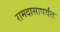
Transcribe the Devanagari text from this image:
रामदासापर्यंत